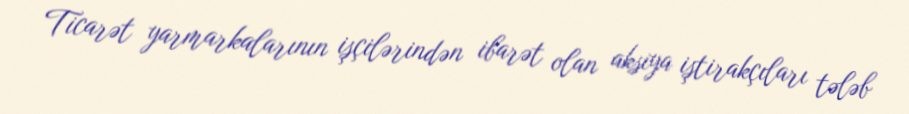
Ticarət yarmarkalarının işçilərindən ibarət olan aksiya iştirakçıları tələb